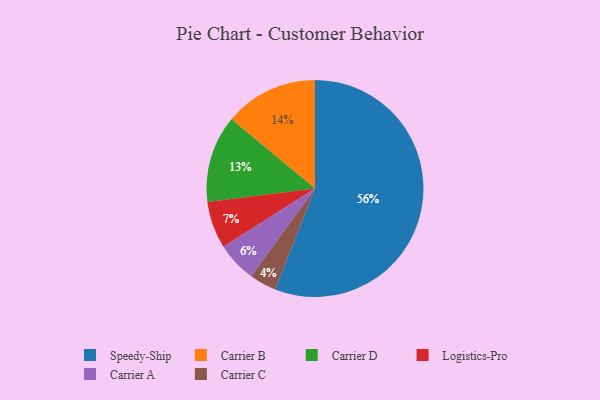
{"axis": {"x": "Category", "y": "Percentage"}, "legend": ["Carrier A", "Carrier B", "Carrier C", "Carrier D", "Logistics-Pro", "Speedy-Ship"], "data": [{"x": "Carrier C", "y": 4, "type": "Carrier C"}, {"x": "Carrier D", "y": 13, "type": "Carrier D"}, {"x": "Carrier B", "y": 14, "type": "Carrier B"}, {"x": "Speedy-Ship", "y": 56, "type": "Speedy-Ship"}, {"x": "Logistics-Pro", "y": 7, "type": "Logistics-Pro"}, {"x": "Carrier A", "y": 6, "type": "Carrier A"}]}